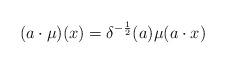
LaTeX: \begin{align*} (a\cdot \mu)(x) = \delta^{-\frac{1}{2}}(a) \mu( a\cdot x)\end{align*}